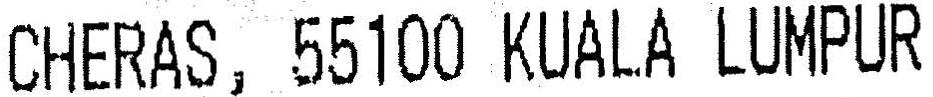
CHERAS, 55100 KUALA LUMPUR